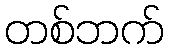
တစ်ဘက်